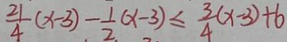
\frac { 2 1 } { 4 } ( x - 3 ) - \frac { 1 } { 2 } ( x - 3 ) \leq \frac { 3 } { 4 } ( x - 3 ) + 6